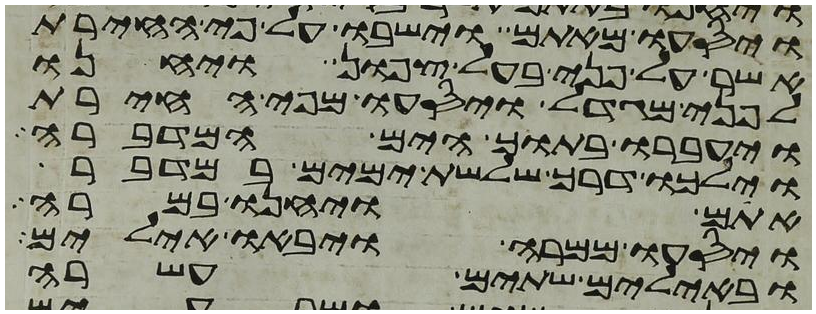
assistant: ויסעו מאתם וישבו על פי החירת
אשר לפני בעל צפון ויחנו
לפני מגדול ויסעו מפי החירת
ויעברו בתוך הים המדברה
וילכו דרך שלשת ימים במדבר
אתם ויחנו במרה
ויסעו ממרה ויבאו אילים
ובאילים שתים עשרה